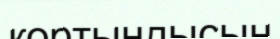
қортындысын